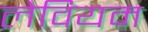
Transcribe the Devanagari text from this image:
लेवियम